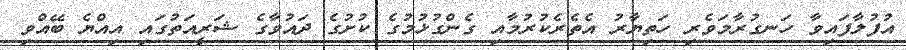
އުފުލާފައިވާ ހަނގުރާމަވެރި ހަތިޔާރު އެތެރެކުރުމާއި ގެންގުޅުމުގެ ކުށުގެ ދައުވާގެ ޝަރީއަތުގައި އިއްޔެ ބޭއްވި